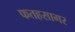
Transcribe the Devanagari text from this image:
फतहसागर